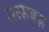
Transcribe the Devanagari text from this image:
सरसबज़